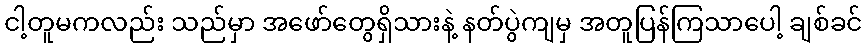
ငါ့တူမကလည်း သည်မှာ အဖော်တွေရှိသားနဲ့ နတ်ပွဲကျမှ အတူပြန်ကြသာပေါ့ ချစ်ခင်